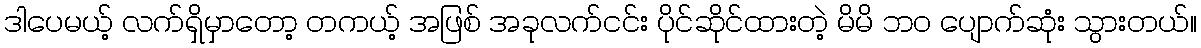
ဒါပေမယ့် လက်ရှိမှာတော့ တကယ့် အဖြစ် အခုလက်ငင်း ပိုင်ဆိုင်ထားတဲ့ မိမိ ဘဝ ပျောက်ဆုံး သွားတယ်။